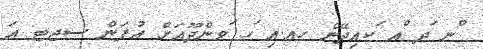
ްނ ަދ ްއ ަކއިދޭން ހއ.އި ަހ ަވންދޫއަށް އުފަން ސޖޓ ޢަ